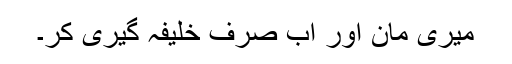
میری مان اور اب صرف خلیفہ گیری کر۔